Report of the King Institute of Preventive Medicine, Guindy
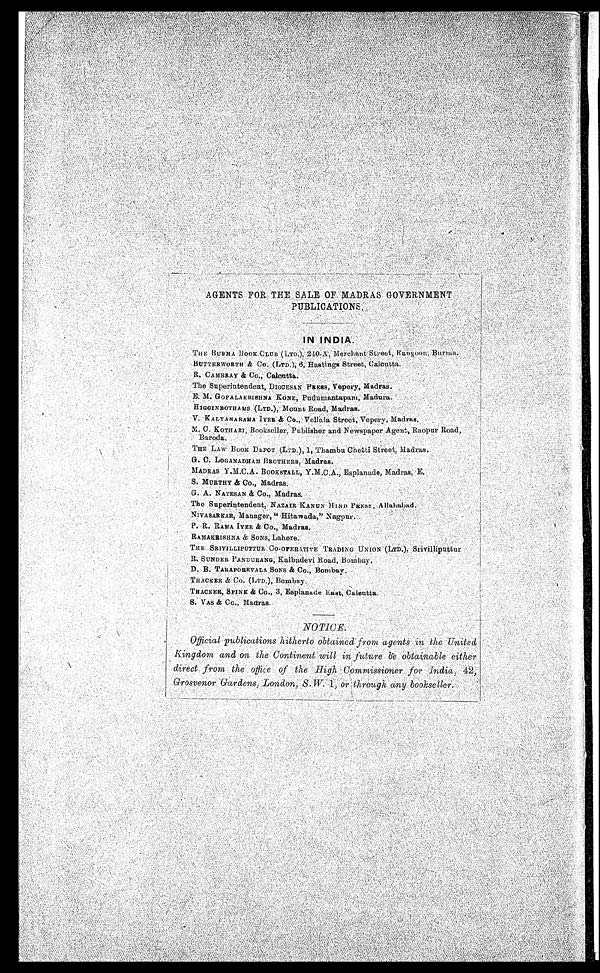
AGENTS FOR THE SALE OF MADRAS GOVERNMENT
PUBLICATIONS
IN INDIA.
THE BURMA
BOOK CLUB (LTD.), 240-A, Merchant Street, Rangoon, Burma. BU TTERWORTH & Co. (LTD.), 6 , H a s t i n g s S t r e e t , C a l c u t t
a.
R. CAMBRAY & Co., Calcutta.
The Superintendent, DIOCESAN PRESS, Vepery, Madras.
E. M. GOPALAKRISHNA KONE, Pudumantapam, Madura.
HIGGINBOTHAMS (LTD.), Mount Road, Madras.
V. KALYANARAMA IYER & Co., Vellala Street, Vepery, Madras.
M. C. KOTHARI, Bookseller, Publisher and Newspaper Agent, Raopur Road,
Baroda.
THE LAW BOOK DEPOT (LTD.), 1,Thambu Chetti Street, Madras.
G. C.
LOGANADHAM BROTHERS, Madras.
MADRAS Y.M.C.A. BOOKSTALL, Y.M.C.A., Esplanade, Madras, E
.
S. MURTHY & Co., Madr
as.
G. A. NATESAN & Co., Madras.
The Superintendent, NAZAIR KANUN HIND PRESS, A ll
ahabad.
NIVASARKAR, Manager, "Hitawada," Nagpur.
P. R. RAMA IYER & Co., Madras.
RAMAKRISHNA & SONS, Lahore.
THE SRIVILLIPUTTUR Co.OPERATIVE TRADING UNION (LTD.), Srivilliputtu
r
R. SUNDER PANDURANG, Kalbadevi Road, Bombay
.
D. B. TARAPOREVALA SONS & CO., Bombay.
THACKER & Co. (LTD.), Bombay.
THACKER, SPINK & Co., 3, Esplanade East, Calcutta.
S. VAS & CO., Madras.
NOTICE.
Official publications hitherto obtained from agents in the United
Kingdom and on the Continent will in future be obtainable either.
direct from the office of the High Commissioner for India, 4 2 ,
Grosvenor Gardens, London, S. W. 1, or through any bookseller.